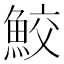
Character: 鮫